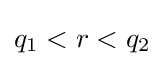
q_{1}<r<q_{2}